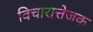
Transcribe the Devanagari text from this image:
विचारात्तेजक